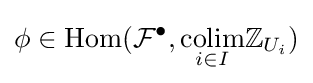
\phi \in {\text{Hom}}({\mathcal {F}}^{\bullet },{\underset {i\in I}{\text{colim}}}\mathbb {Z} _{U_{i}})